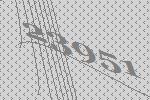
23951